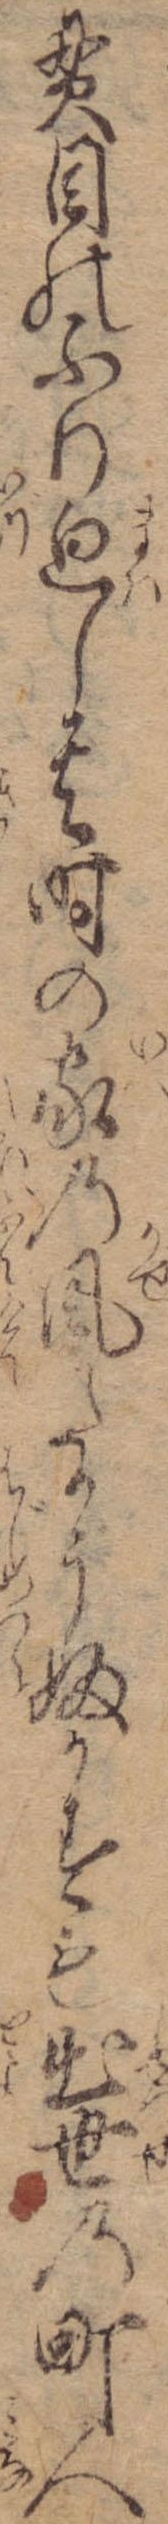
貫目のふり廻し其時の家の風たかうふかすも出世の町人